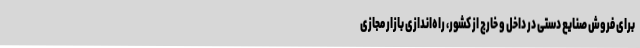
برای فروش صنایع دستی در داخل و خارج از کشور، راه‌اندازی بازار مجازی